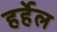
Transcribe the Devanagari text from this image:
हर्हेल